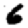
Digit: 6